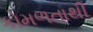
કોમળતાથી